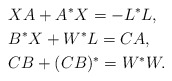
\begin{align*} &XA + A^*X = - L^*L, \\ &B^*X + W^*L = CA, \\ &CB + (CB)^* = W^*W. \end{align*}